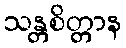
သန္တစိတ္တာန